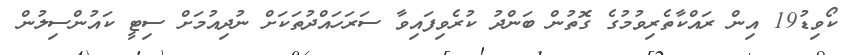
ކޯވިޑު19 އިން ރައްކާތެރިވުމުގެ ގޮތުން ބަންދު ކުރެވިފައިވާ ސަރަހައްދުތަކަށް ނުދިއުމަށް ސިޓީ ކައުންސިލުން